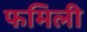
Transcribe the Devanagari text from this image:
फमिली